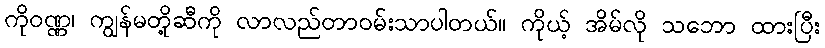
ကိုဝဏ္ဏ၊ ကျွန်မတို့ဆီကို လာလည်တာဝမ်းသာပါတယ်။ ကိုယ့် အိမ်လို သဘော ထားပြီး